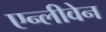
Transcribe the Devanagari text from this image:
एन्लीवेन